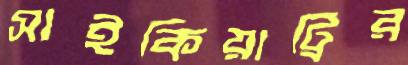
সাইকিয়াট্রির